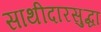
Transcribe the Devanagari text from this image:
साथीदारसुद्धा